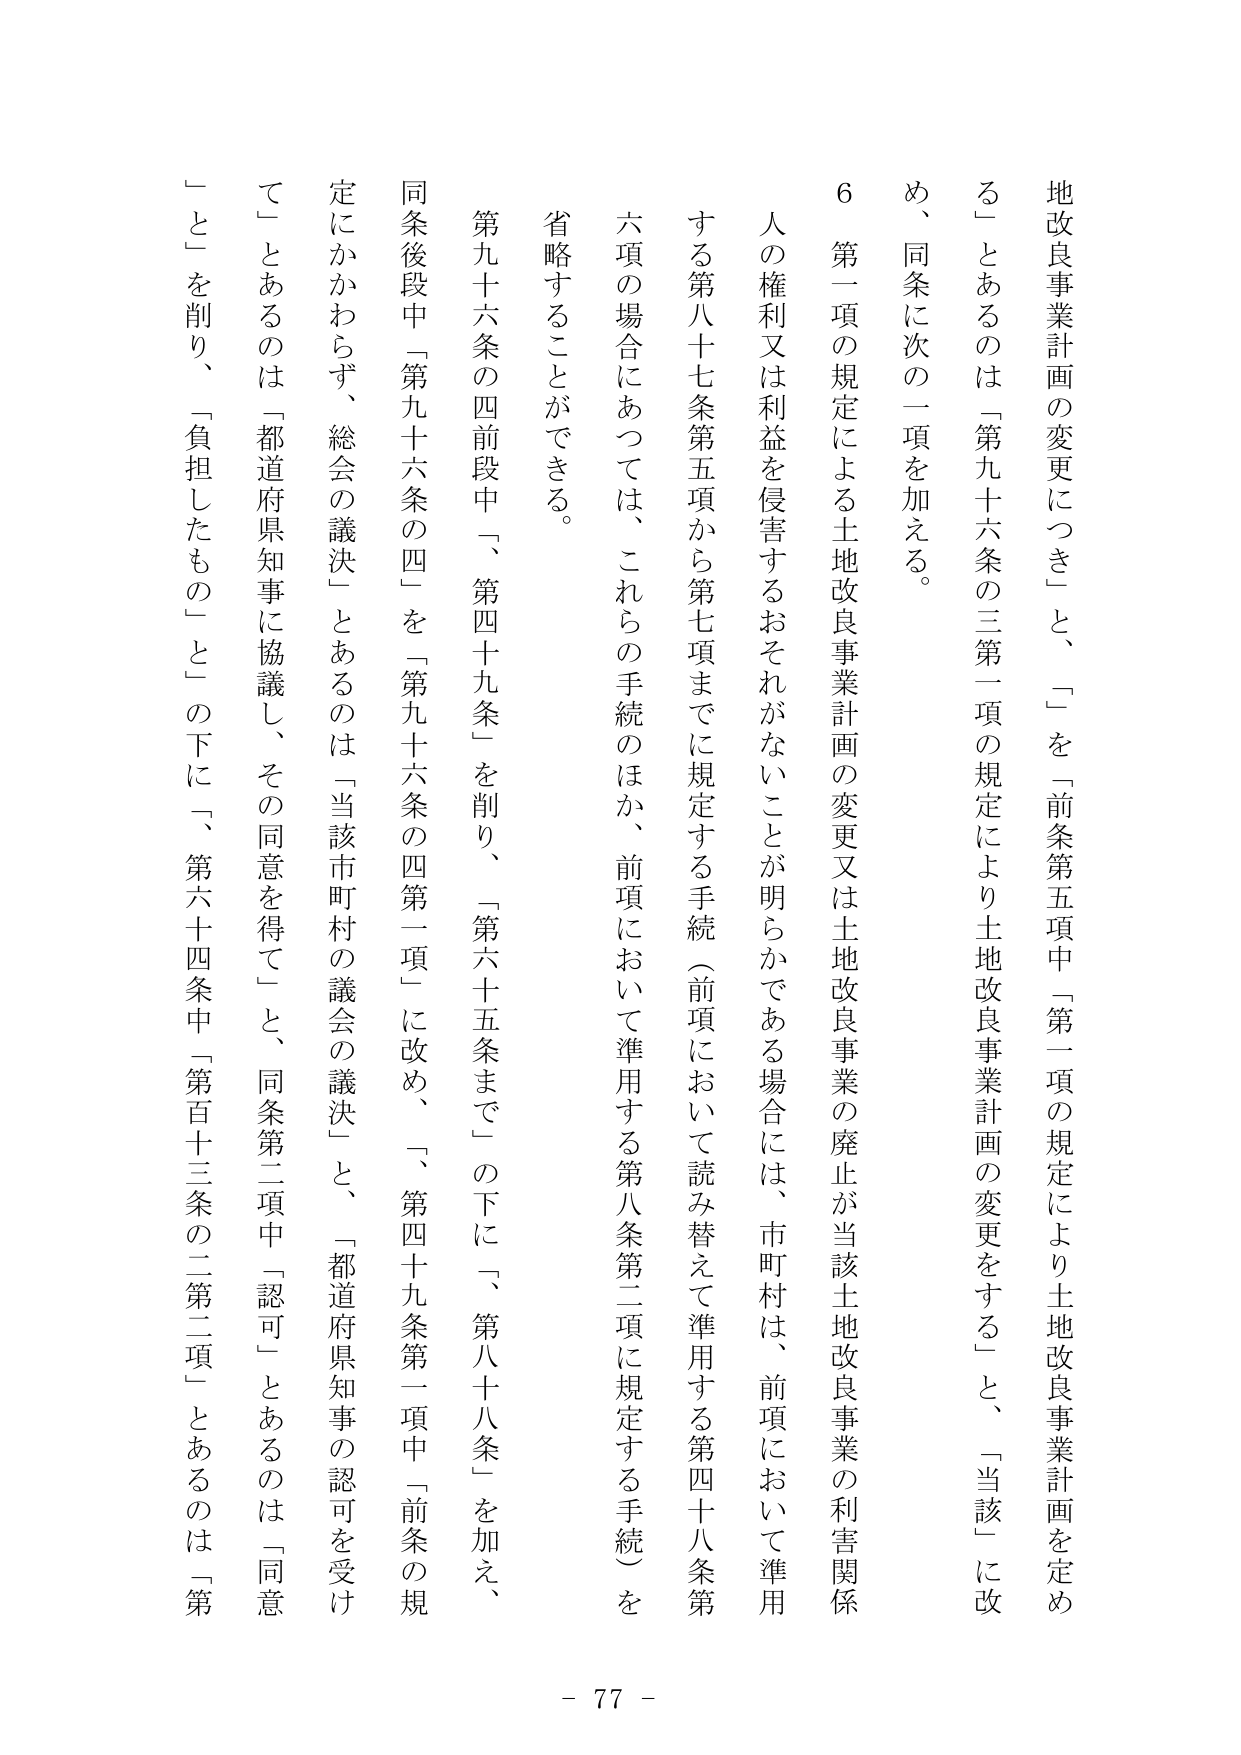
地改良事業計画の変更につき」と、「」を「前条第五項中「第一項の規定により土地改良事業計画を定める」とあるのは「第九十六条の三第一項の規定により土地改良事業計画の変更をする」と、「当該」に改め、同条に次の一項を加える。

６　第一項の規定による土地改良事業計画の変更又は土地改良事業の廃止が当該土地改良事業の利害関係人の権利又は利益を侵害するおそれがないことが明らかである場合には、市町村は、前項において準用する第八十七条第五項から第七項までに規定する手続（前項において読み替えて準用する第四十八条第六項の場合にあっては、これらの手続のほか、前項において準用する第八条第二項に規定する手続）を省略することができる。

第九十六条の四前段中「、第四十九条」を削り、「第六十五条まで」の下に「、第八十八条」を加え、同条後段中「第九十六条の四」を「第九十六条の四第一項」に改め、「、第四十九条第一項中「前条の規定にかかわらず、総会の議決」とあるのは「当該市町村の議会の議決」と、「都道府県知事に協議し、その同意を得て」と、同条第二項中「認可」とあるのは「同意」とを削り、「負担したもの」との下に「、第六十四条中「第百十三条の二第二項」とあるのは「第

- 77 -